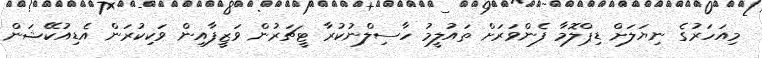
މިއަހަރުގެ ނިޔަލަށް ޑިޕްލޮމާ ފެންވަރަށް ތައުލީމު ހާސިލްނުކުރާ ޓީޗަރުން ވަޒީފާއިން ވަކިކުރަން އެޑިއުކޭޝަން